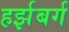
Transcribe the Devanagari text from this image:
हर्झबर्ग